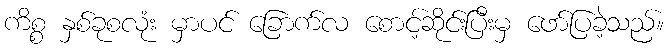
ကိစ္စ နှစ်ခုစလုံး မှာပင် ခြောက်လ စောင့်ဆိုင်းပြီးမှ ဖော်ပြခဲ့သည်။